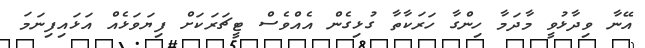
އޭނާ ވިދާޅުވީ މާދަމާ ހިންގާ ހަރަކާތާ ގުޅިގެން އެއްވެސް ޓީޗަރަކަށް ފިޔަވަޅެއް އަޅައިފިނަމަ